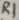
Text: R1